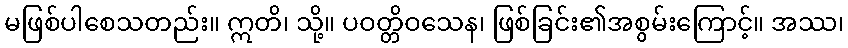
မဖြစ်ပါစေသတည်း။ ဣတိ၊ သို့။ ပဝတ္တိဝသေန၊ ဖြစ်ခြင်း၏အစွမ်းကြောင့်။ အဿ၊